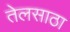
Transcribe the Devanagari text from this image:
तेलसाठा